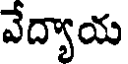
వేద్యాయ